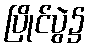
ပြိုင်ပွဲ၌